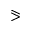
\eqslantgtr